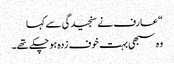
“ عارف نے سنجیدگی سے کہا
وہ سبھی بہت خوف زدہ ہو چکے تھے۔